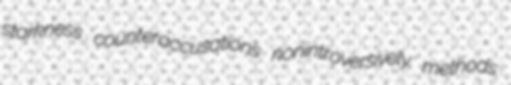
starkness counteraccusations nonintroversively methods